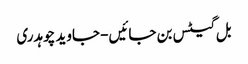
بل گیٹس بن جائیں- جاوید چوہدری